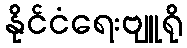
နိုင်ငံရေးဗျူရို